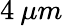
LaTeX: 4\: \mu m